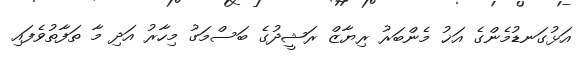
އަޅުގަނޑުމެންގެ އަޚު މެންބަރު ރިޔާޒް ރަޝީދުގެ ބަސްމަގު މިހާރު އަދި މާ ތަފާތުވެފައި